Bombay plague: being a history of the progress of plague in the Bombay presidency from September 1896 to June 1899
Year: 1896
Disease focus: Plague
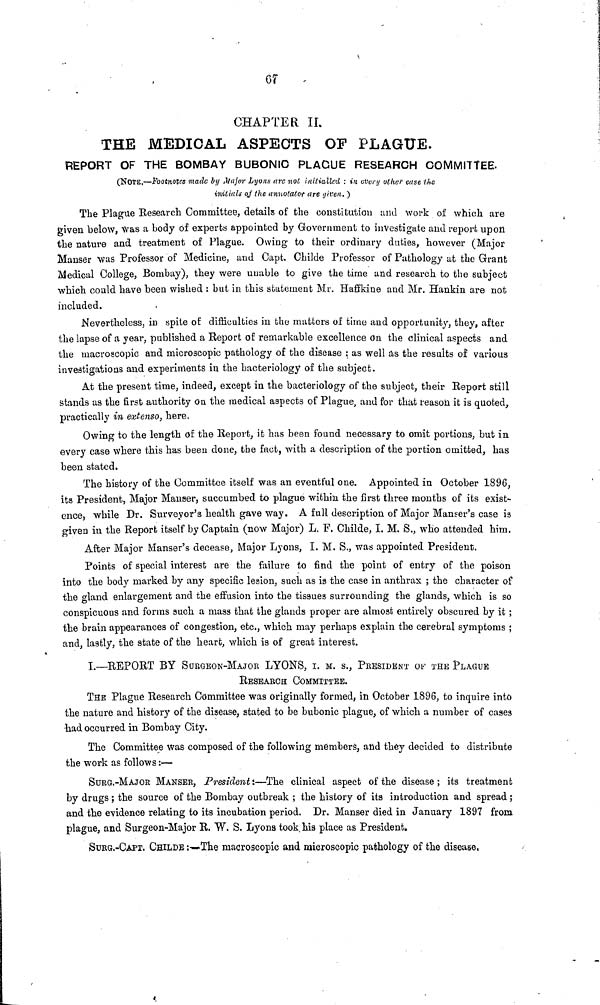
67
CHAPTER II.
THE MEDICAL ASPECTS OF PLAGUE.
REPORT OF THE BOMBAY BUBONIC PLAGUE RESEARCH COMMITTEE.
(NOTE.—Footnotes made by Major Lyons are not initialled : in every other case the
initials of the annotator are given. )
The Plague Research Committee, details of the constitution and work of which are
given below, was a body of experts appointed by Government to investigate and report upon
the nature and treatment of Plague. Owing to their ordinary duties, however (Major
Manser was Professor of Medicine, and Capt. Childe Professor of Pathology at the Grant
Medical College, Bombay), they were unable to give the time and research to the subject
which could have been wished : but in this statement Mr. Haffkine and Mr. Hankin are not
included.
Nevertheless, in spite οf difficulties in the matters of time and opportunity, they, after
the lapse of a year, published a Report of remarkable excellence on the clinical aspects and
the macroscopic and microscopic pathology of the disease : as well as the results of various
investigations and experiments in the bacteriology of the subject.
At the present time, indeed, except in the bacteriology of the subject, their Report still
stands as the first authority on the medical aspects of Plague, and for that reason it is quoted,
practically in extenso, here.
Owing to the length of the Report, it has been found necessary to omit portions, but in
every case where this has been done, the fact, with a description of the portion omitted, has
been stated.
The history of the Committee itself was an eventful one. Appointed in October 1896,
its President, Major Manser, succumbed to plague within the first three months of its exist-
ence, while Dr. Surveyor's health gave way. A full description of Major Manser's case is
given in the Report itself by Captain, (now Major) L. F. Childe, I. M. S., who attended him.
After Major Manser's decease, Major Lyons, I. M. S., was appointed President.
Points of special interest are the failure to find the point of entry of the poison
into the body marked by any specific lesion, such as is the case in anthrax ; the character of
the gland enlargement and the effusion into the tissues surrounding the glands, which is so
conspicuous and forms such a mass that the glands proper are almost entirely obscured by it ;
the brain appearances of congestion, etc., which may perhaps explain the cerebral symptoms ;
and, lastly, the state of the heart, which is of great interest.
I.—REPORT BY SURGEON-MAJOR LYONS, τ. M. S., PRESIDENT OF THE PLAGUE
RESEARCH COMMITTEE.
THE Plague Research Committee was originally formed, in October 1896, to inquire into
the nature and history of the disease, stated to be bubonic plague, of which a number of cases
•had occurred in Bombay City.
The Committee was composed of the following members, and they decided to distribute
the work as follows :—
SURG.-MaJOR MANSER, President :—The clinical aspect of the disease ; its treatment
by drugs ; the source of the Bombay outbreak ; the history of its introduction and spread ;
and the evidence relating to its incubation period. Dr. Manser died in January 1897 from
plague, and Surgeon-Major R. W. S. Lyons took, his place as President.
SURG.-CAPT, CHILDE :—The macroscopic and microscopic pathology of the disease.